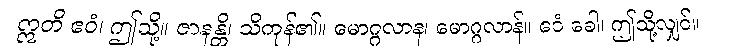
ဣတိ ဧဝံ၊ ဤသို့။ ဇာနန္တိ၊ သိကုန်၏။ မောဂ္ဂလာန၊ မောဂ္ဂလာန်။ ဧဝံ ခေါ၊ ဤသို့လျှင်။